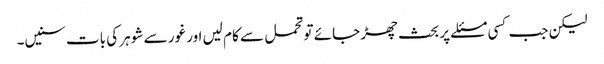
لیکن جب کسی مسئلے پر بحث چھڑ جائے تو تحمل سے کام لیں اور غور سے شوہر کی بات سنیں۔